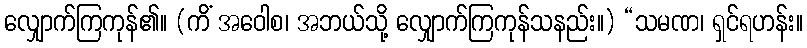
လျှောက်ကြကုန်၏။ (ကိံ အဝေါစ၊ အဘယ်သို့ လျှောက်ကြကုန်သနည်း။) “သမဏ၊ ရှင်ရဟန်း။